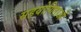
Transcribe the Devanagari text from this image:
सहयोगिताओं